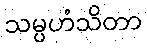
သမ္ပဟံသိတာ